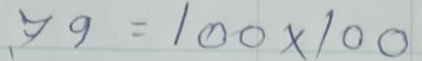
79 = 100 x 100